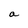
Character: a